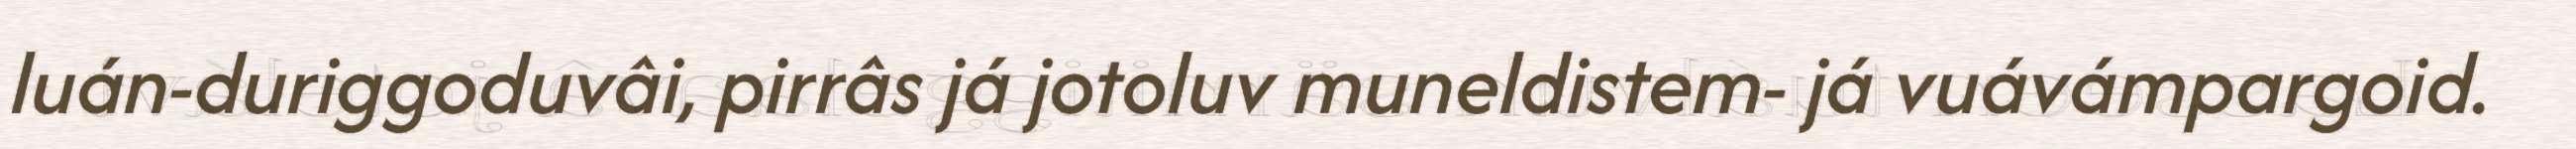
luán-duriggoduvâi, pirrâs já jotoluv muneldistem- já vuávámpargoid.